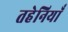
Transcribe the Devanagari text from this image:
तहेनियाँ